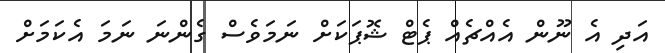
އަދި އެ ނޫން އެއްޗެއް ޕެޓް ޝޮޕަކަށް ނަމަވެސް ގެންނަ ނަމަ އެކަމަށް